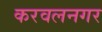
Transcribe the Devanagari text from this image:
करवलनगर